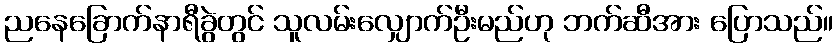
ညနေခြောက်နာရီခွဲတွင် သူလမ်းလျှောက်ဦးမည်ဟု ဘက်ဆီအား ပြောသည်။